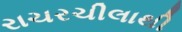
રાચરચીલાથી